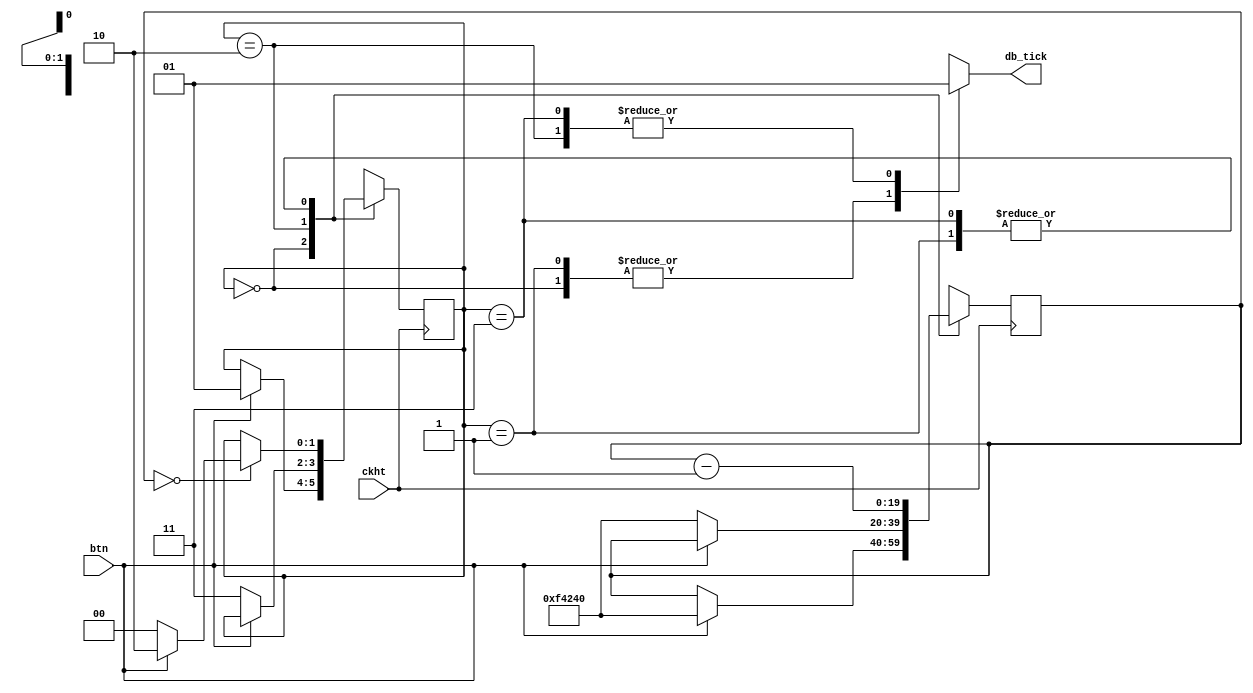
`timescale 1ns / 1ps
//////////////////////////////////////////////////////////////////////////////////
// Company: 
// Engineer: 
// 
// Design Name: 
// Module Name: Debounce_btn
// Project Name: 
// Target Devices: 
// Tool Versions: 
// Description: 
// 
// Dependencies: 
// 
// Revision:
// Revision 0.01 - File Created
// Additional Comments:
// 
//////////////////////////////////////////////////////////////////////////////////


module Debounce_btn(
    input ckht,
    input btn,
    output db_tick
    );
    
parameter [1:0]
    zero    = 2'b00,
    wait1   = 2'b01,
    one     = 2'b10,
    wait0   = 2'b11;
    
reg [1:0]   tt_r;
reg [1:0]   tt_n;
reg [19:0]   dl_r;
reg [19:0]   dl_n;
reg tick;
initial
    begin
        dl_r = 0;
        dl_n = 0;
        tt_r = zero;
        tt_n = zero;
    end
always @(negedge ckht)
    begin
        tt_r = tt_n;
        dl_r = dl_n;
    end
always @*
    begin
        tt_n = tt_r;
        dl_n = dl_r;
        tick = 1'b0;
        case (tt_r)
        zero: if(btn)
            begin
                dl_n = 1000000;
                tt_n = wait1;
            end
        wait1:
            begin
                dl_n = dl_r - 1;
                if(dl_r == 0)
                    if(btn) tt_n = one;
                    else    tt_n = zero;
                end
        one:
            begin
                tick = 1'b1;
                if(~btn)
                    begin
                        dl_n = 1000000;
                        tt_n = wait0;
                    end
            end
         wait0:
             begin
                tick = 1'b1;
                dl_n = dl_r - 1;
                if(dl_r == 0)
                    if(~btn) tt_n = zero;
                    else    tt_n = one;
                end
        endcase
    end
    
    assign db_tick = tick;
                   
endmodule